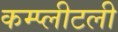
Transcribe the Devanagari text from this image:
कम्प्लीटली